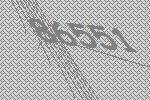
86551